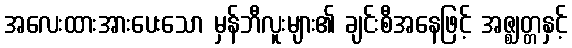
အလေးထားအားပေးသော မှန်ဘီလူးများ၏ ချင်းစီအနေဖြင့် အဇ္ဈတ္တနှင့်